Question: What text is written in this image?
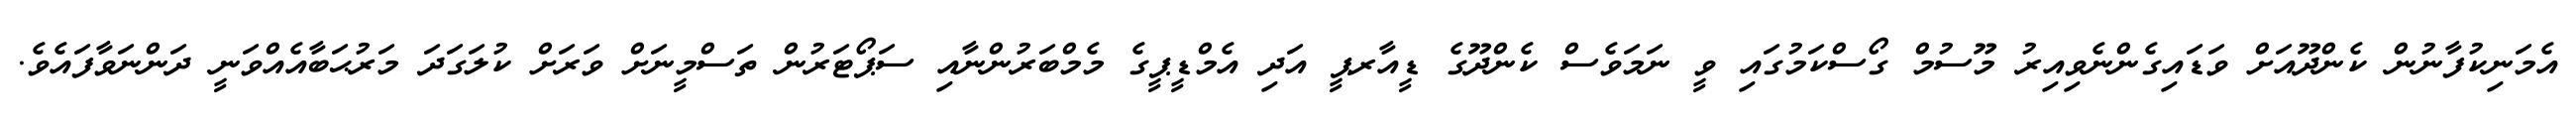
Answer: އެމަނިކުފާނުން ކެންދޫއަށް ވަޑައިގެންނެވިއިރު މޫސުމް ގޯސްކަމުގައި ވީ ނަމަވެސް ކެންދޫގެ ޑީއާރޕީ އަދި އެމްޑީޕީގެ މެމްބަރުންނާއި ސަޕޯޓަރުން ތަސްމީނަށް ވަރަށް ކުލަގަދަ މަރުޙަބާއެއްވަނީ ދަންނަވާފައެވެ.